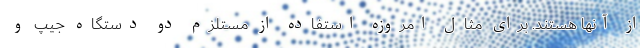
از آنها هستند. برای مثال امروزه استفاده از مستلزم دو دستگاه جیپ و